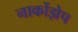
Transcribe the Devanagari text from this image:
नार्कोझेप